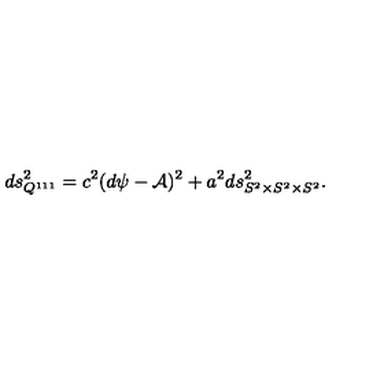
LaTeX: d s _ { Q ^ { 1 1 1 } } ^ { 2 } = c ^ { 2 } ( d \psi - { \cal A } ) ^ { 2 } + a ^ { 2 } d s _ { S ^ { 2 } \times S ^ { 2 } \times S ^ { 2 } } ^ { 2 } .